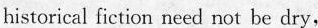
historical fiction necd not be dry,